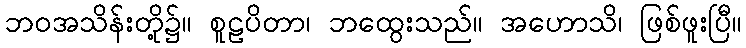
ဘဝအသိန်းတို့၌။ စူဠပိတာ၊ ဘထွေးသည်။ အဟောသိ၊ ဖြစ်ဖူးပြီ။